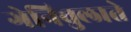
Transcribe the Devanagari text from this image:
गेनिचुलाते